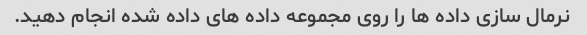
نرمال سازی داده ها را روی مجموعه داده های داده شده انجام دهید.